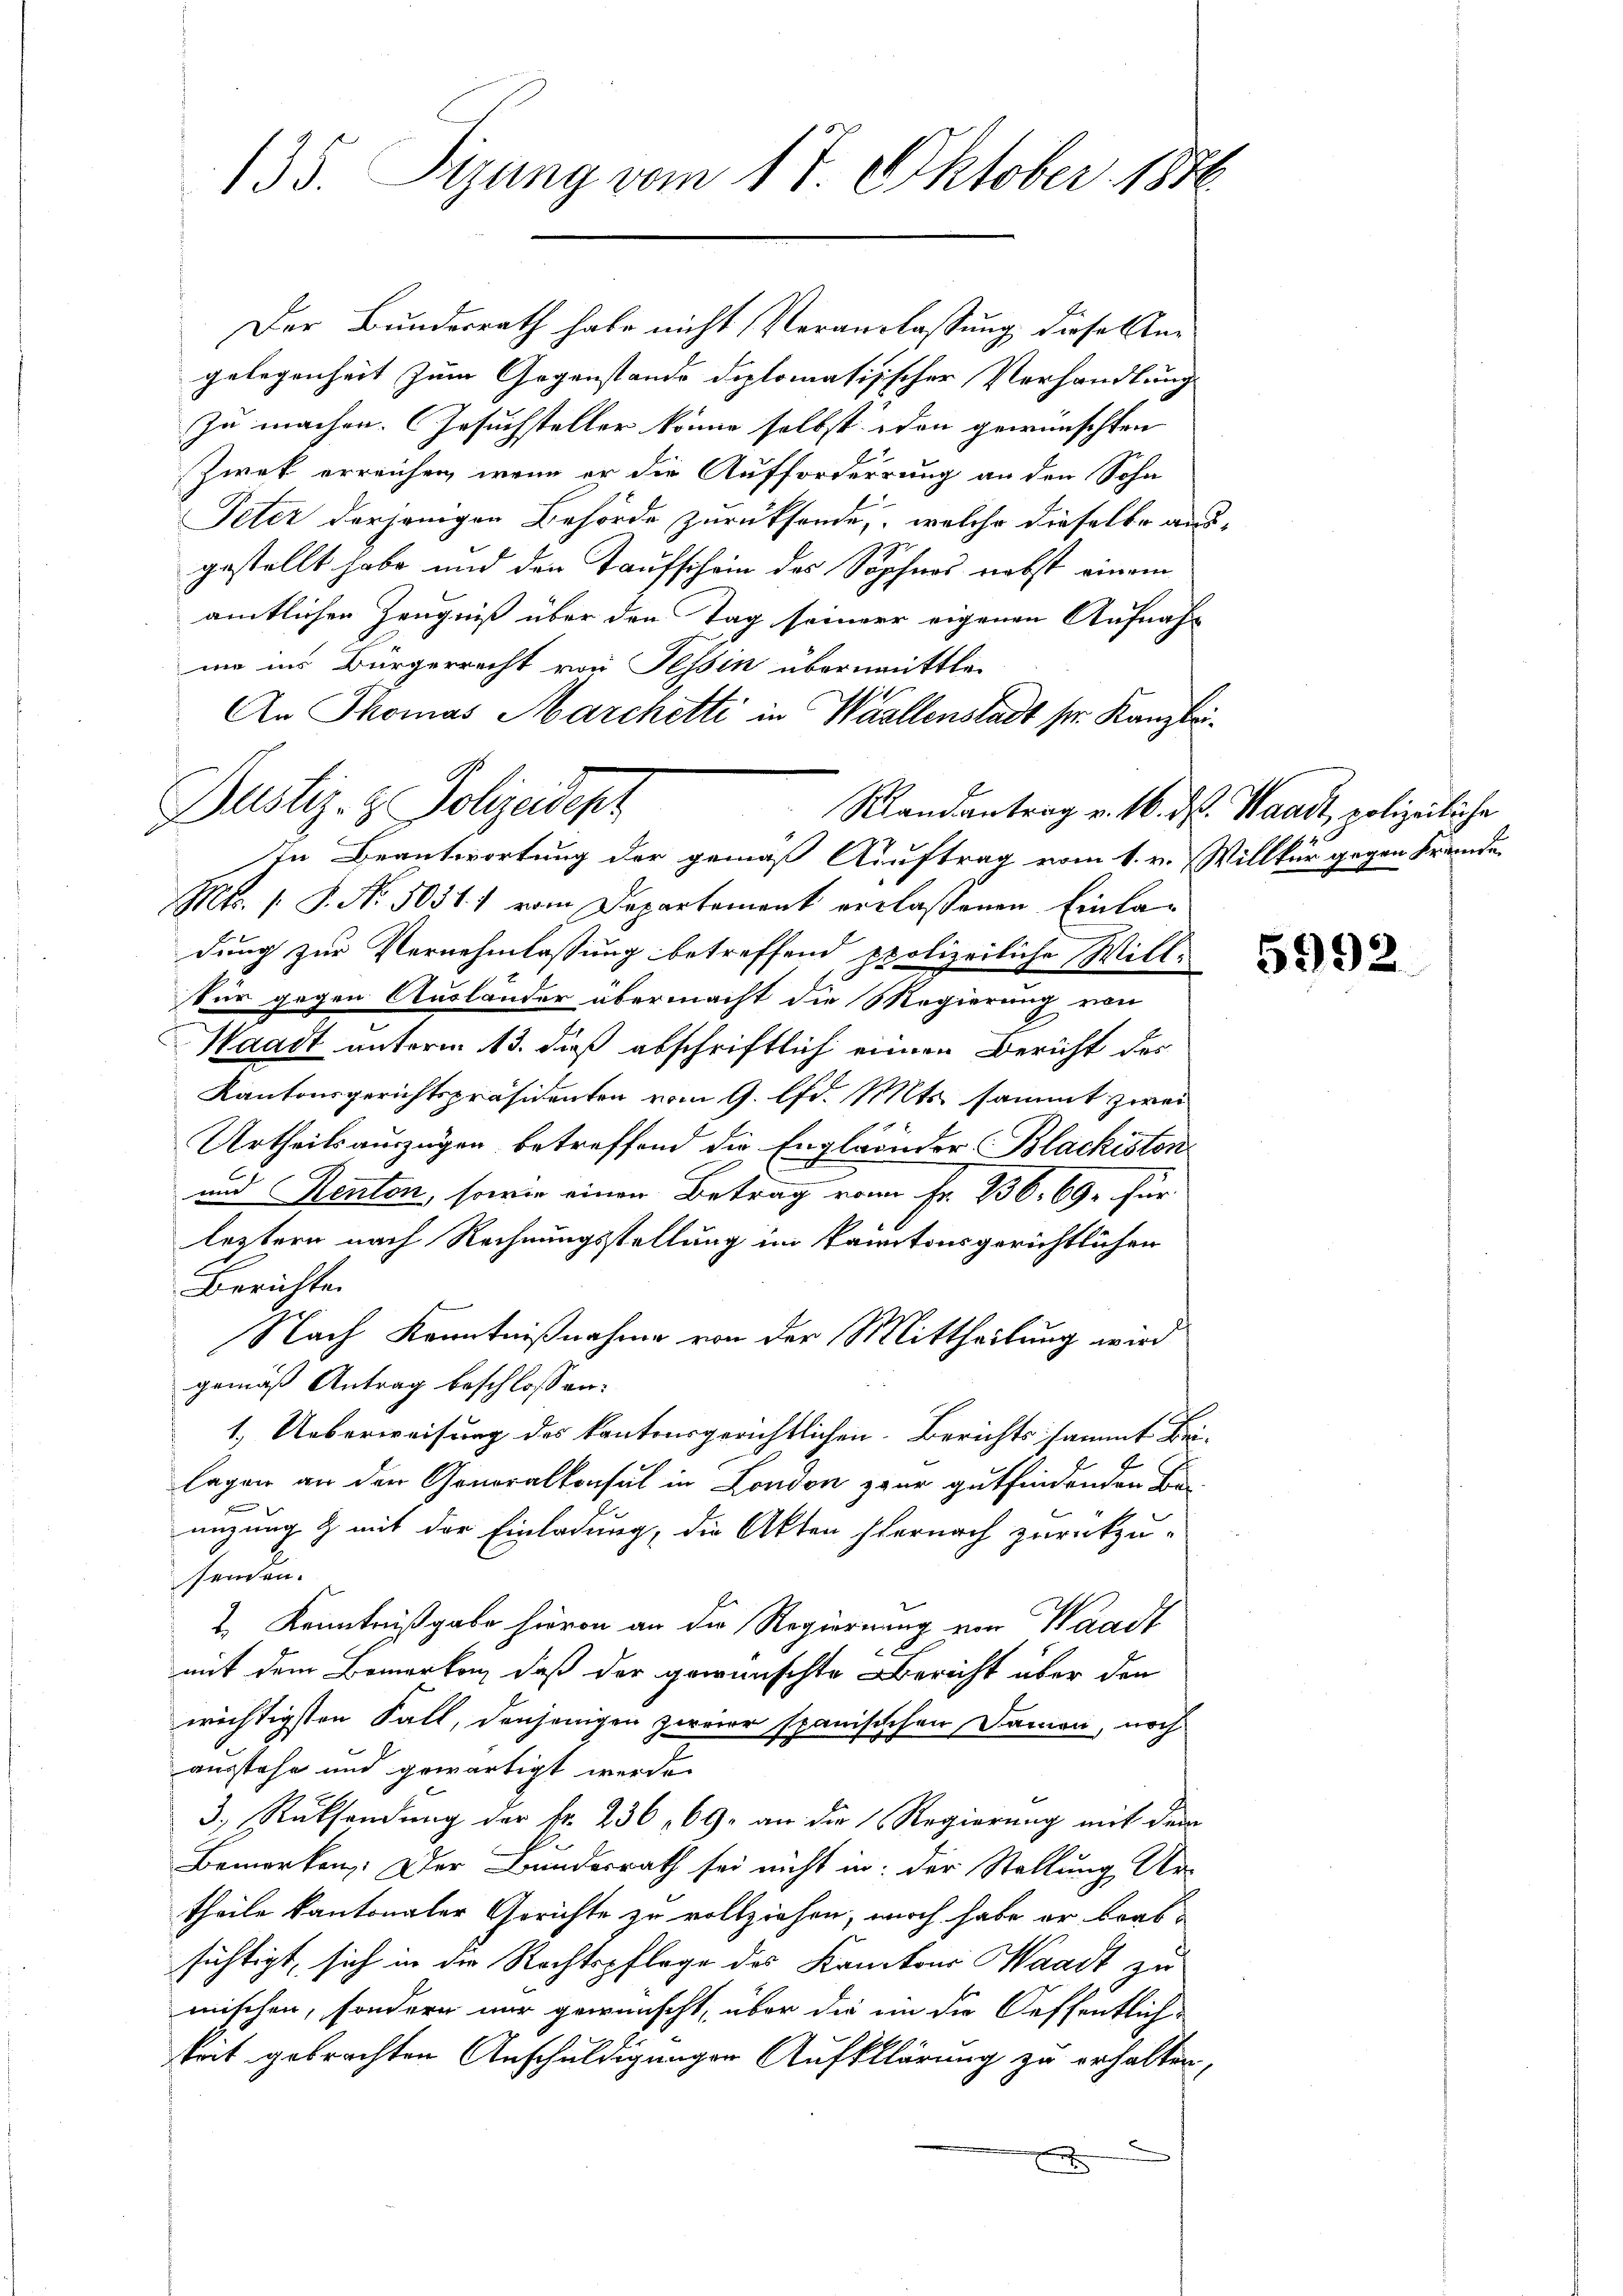
135. Sizung vom 17. Oktober 1850.

Der Bundesrath habe nicht Veranlassung diese Angelegenheit zum Gegenstande diplomatisischer Verhandlung
zu machen. Gesuchsteller könne selbst den gewünschten
Zwek erreichen, wenn er die Aufforderrung an den Sohn
Peter derjenigen Behörde zurücksende, welche dieselbe ausgestellt habe und den Taufschein des Sophnos nebst einem
amtlichen Zeugniß über den Tag seiner eigenen Aufnahmo ins Bürgerrecht von Tessin übermittli
An Thomas Marchetti in Wallenstadt sr. Kanzlei¬
Randantrag v. 16. d. Waadt, polizeiliche
In Beantwortung der gemäß Auftrag vom 1. v. Willkür gegen Fremde
Mts. 1. P. No. 5051. 1 vom Departement erlaßenen Einladung zur Vernehmlassung betreffend polizeiliche Willfür gegen Ausländer übermacht die Magierung von
Waadt unterm 13. dieß abschriftlich einen Bericht des
Kantonsgerichtspräsidenten vom 9. lfd. Mts. sammt zwei
Urtheilsauszügen betreffend die Engländer Blackisten
und Renten, sowie einen Betrag von Fr. 236, 691 für
leztern nach Rechnungsstellung im kantonsgerichtlichen
Berichte.
Nach Kenntnißnahme von der Mittheilung wird
gemäß Antrag beschlossen:
1. Ueberweisung des kantonsgerichtlichen Berichts sammt Bei-
lagen an den Generalkonsul in London zwar gutfindenden Be-
nizung & mit der Einladung, die Akten sternach zurückzu-
senden.
2. Kenntnißgabe hievon an die Regierung von Waadt
mit dem Bemerken, daß der gewünschte Bericht über den
wichtigsten Fall, denjenigen zweier spanisischen Damen, noch
ausstehe und gewärtigt werde.
3.) Rücksendung der kr. 236 69. an die Regierung mit dem
Bemerken: Der Bundesrath sei nicht in der Stellung Ur-
theile kantonaler Gerichte zu vollziehen, noch habe er brassichtigt, sich in die Rechtspflege des Kantons Waadt zu
mischen, sondern nur gewünscht, über die in die Oeffentlich-
keit gebrachten Anschuldigungen Aufklärung zu erhalten,
d

Justiz- & Polizeidept

5992